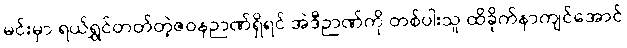
မင်းမှာ ရယ်ရွှင်တတ်တဲ့ဇဝနဉာဏ်ရှိရင် အဲဒီဉာဏ်ကို တစ်ပါးသူ ထိခိုက်နာကျင်အောင်